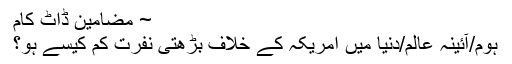
~ مضامین ڈاٹ کام
ہوم/آئینۂ عالم/دنیا میں امریکہ کے خلاف بڑھتی نفرت کم کیسے ہو؟